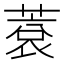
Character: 蔉